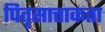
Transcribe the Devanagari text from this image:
पितृसात्ताकता